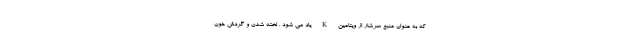
که به عنوان منبع سرشار از ویتامین K یاد می شود . لخته شدن و گردش خون